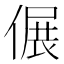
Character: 𠌄